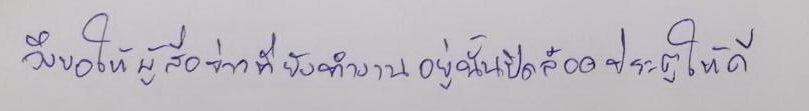
จึงขอให้ผู้สื่อข่าวที่ยังทำงานอยู่นั้นปิดล็อคประตูให้ดี